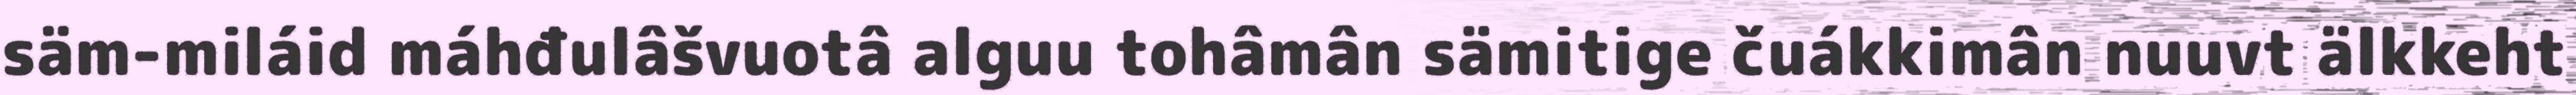
säm-miláid máhđulâšvuotâ alguu tohâmân sämitige čuákkimân nuuvt älkkeht